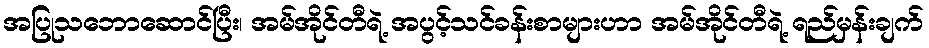
အပြုသဘောဆောင်ပြီး၊ အမ်အိုင်တီရဲ့ အပွင့်သင်ခန်းစာများဟာ အမ်အိုင်တီရဲ့ ရည်မှန်းချက်